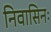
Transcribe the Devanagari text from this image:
निवासिनः